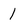
Character: 1